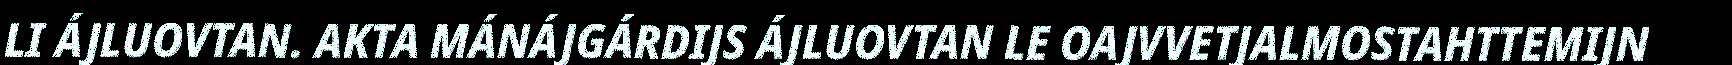
LI ÁJLUOVTAN. AKTA MÁNÁJGÁRDIJS ÁJLUOVTAN LE OAJVVETJALMOSTAHTTEMIJN